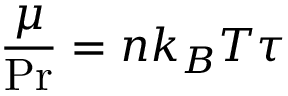
\frac { \mu } { \operatorname* { P r } } = n k _ { B } T \tau